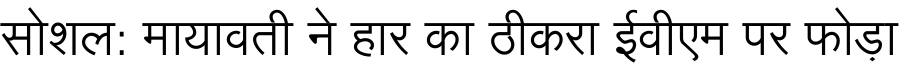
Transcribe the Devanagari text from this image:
सोशल: मायावती ने हार का ठीकरा ईवीएम पर फोड़ा